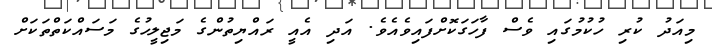
މިއަދު ކުރި ހުކުމުގައި ވެސް ފާހަގަކޮށްފައިވެއެވެ. އަދި އެއީ ރައްޔިތުންގެ މަޖިލީހުގެ މަސައްކަތްތަކަށް